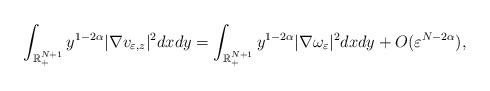
LaTeX: \begin{align*} \displaystyle\int_{\mathbb{R}_+^{N+1}}y^{1-2\alpha}|\nabla v_{\varepsilon,z}|^2dxdy=\displaystyle\int_{\mathbb{R}_+^{N+1}}y^{1-2\alpha}|\nabla \omega_\varepsilon|^2dxdy+O(\varepsilon^{N-2\alpha}),\end{align*}